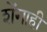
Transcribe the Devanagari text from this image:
शेंगाही